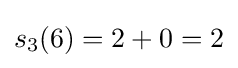
s_{3}(6)=2+0=2